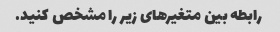
رابطه بین متغیرهای زیر را مشخص کنید.